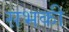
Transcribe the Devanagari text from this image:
सभकी